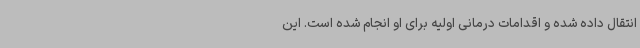
انتقال داده شده و اقدامات درمانی اولیه برای او انجام شده است. این